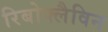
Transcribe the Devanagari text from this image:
रिबोफ्लैविन